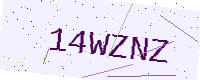
Text: 14WZNZ